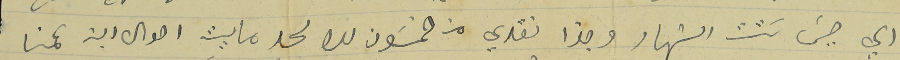
اي حبسَ سَتت الشهار وجزا نقدي من خمسَون ليره لحد مايت احوال ابن عمنا